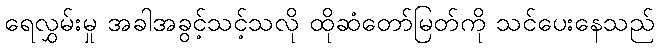
ရေလွှမ်းမှု အခါအခွင့်သင့်သလို ထိုဆံတော်မြတ်ကို သင်ပေးနေသည်